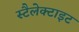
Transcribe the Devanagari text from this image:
स्टैलेक्टाइट